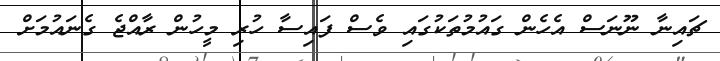
ޗައިނާ ނޫނަސް އެހެން ގައުމުތަކުގައި ވެސް ފައިސާ ހުރި މީހުން ރާއްޖެ ގެނައުމަށް